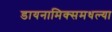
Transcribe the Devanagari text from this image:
डायनामिक्समधल्या